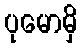
ပုမောမှိ